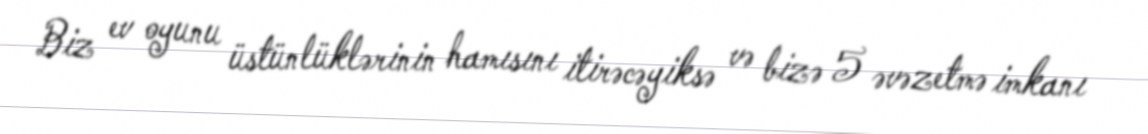
Biz ev oyunu üstünlüklərinin hamısını itirəcəyiksə və bizə 5 əvəzetmə imkanı